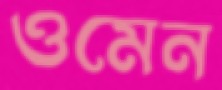
ওমেন